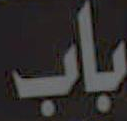
باب